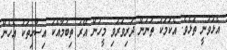
އެޅުވުނީ ތަޅެވެ. އެކަމަކު ތަނުން ދަރިވަރުވި މީހުން އޭރު ތިބުމާއެކު އިސާހިތަކު އެހެން